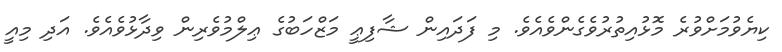
ކިޔެވުމަށްވުރެ މޮޅުއިތުރުވެގެންވެއެވެ. މި ފަދައިން ޝާފިޢީ މަޒްހަބުގެ ޢިލްމުވެރިން ވިދާޅުވެއެވެ. އަދި މިއީ